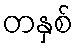
တနှစ်